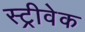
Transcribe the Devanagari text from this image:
स्ट्रीवेक